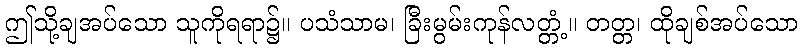
ဤသို့ချအပ်သော သူကိုရရာ၌။ ပသံသာမ၊ ခြီးမွမ်းကုန်လတ္တံ့။ တတ္တ၊ ထိုချစ်အပ်သော